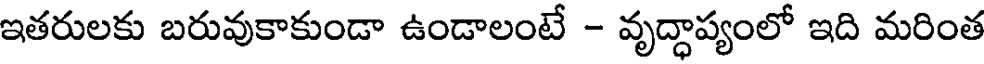
ఇతరులకు బరువుకాకుండా ఉండాలంటే - వృద్ధాప్యంలో ఇది మరింత